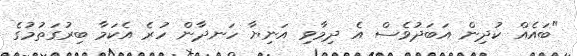
"ބައެއް ކުދިން އަބަދުވެސް އެ ދިމާވި އަނިޔާ ހަނދާން ހުރެ އެކަމާ ބިރުގަތުމުގެ